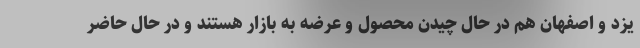
یزد و اصفهان هم در حال چیدن محصول و عرضه به بازار هستند و در حال حاضر